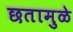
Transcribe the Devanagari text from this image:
छतामुळे